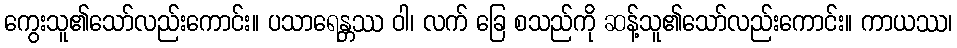
ကွေးသူ၏သော်လည်းကောင်း။ ပသာရေန္တဿ ဝါ၊ လက် ခြေ စသည်ကို ဆန့်သူ၏သော်လည်းကောင်း။ ကာယဿ၊